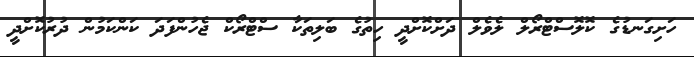
ހަށިގަނޑުގެ ކޮލޮސްޓްރޯލް ލެވެލް ދަށްކޮށްދީ ހިތުގެ ބަލިތަކާ ސްޓްރޯކް ޖެހުންފަދަ ކަންކަމުން ދުރުކޮށްދީ